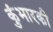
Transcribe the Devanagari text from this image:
कुंभारकी